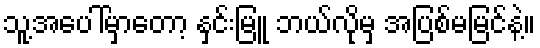
သူ့အပေါ်မှာတော့ နှင်းမြူ ဘယ်လိုမှ အပြစ်မမြင်နဲ့။